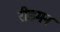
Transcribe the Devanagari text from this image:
रीडमन